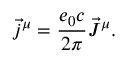
\vec { j } ^ { \mu } = \frac { e _ { 0 } c } { 2 \pi } \vec { J } ^ { \mu } .